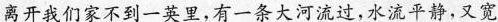
离开我们家不到一英里,有一条大河流过,水流平静,又宽